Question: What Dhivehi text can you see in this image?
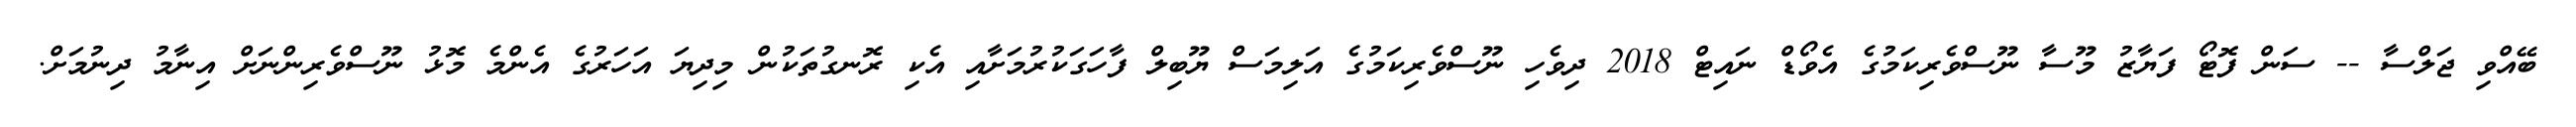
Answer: ބޭއްވި ޖަލްސާ -- ސަން ފޮޓޯ ފަޔާޒު މޫސާ ނޫސްވެރިކަމުގެ އެވޯޑް ނައިޓް 2018 ދިވެހި ނޫސްވެރިކަމުގެ އަލިމަސް ޔޫބިލް ފާހަގަކުރުމަށާއި އެކި ރޮނގުތަކުން މިދިޔަ އަހަރުގެ އެންމެ މޮޅު ނޫސްވެރިންނަށް އިނާމު ދިނުމަށް.